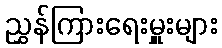
ညွှန်ကြားရေးမှူးများ